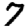
Digit: 7